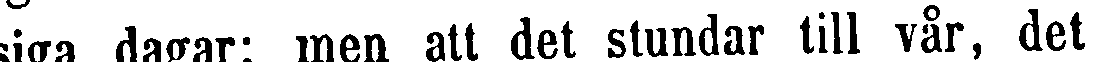
isiga dagar; men att det stundar till vår, det